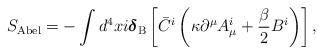
LaTeX: \begin{align*}S_{\rm Abel} =-\int d^4x i\mbox{\boldmath$\delta$}_{\rm B} \left[\bar C^i \left(\kappa\partial^\mu A_\mu^i +\frac\beta2B^i\right)\right],\end{align*}